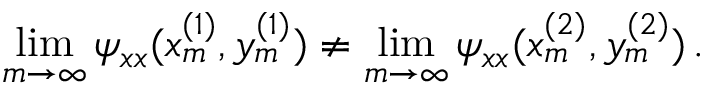
\operatorname* { l i m } _ { m \rightarrow \infty } \psi _ { x x } ( x _ { m } ^ { ( 1 ) } , y _ { m } ^ { ( 1 ) } ) \neq \operatorname* { l i m } _ { m \rightarrow \infty } \psi _ { x x } ( x _ { m } ^ { ( 2 ) } , y _ { m } ^ { ( 2 ) } ) \, .